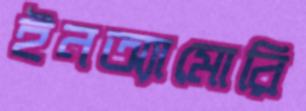
ইনঅ্যামোরি